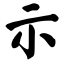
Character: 示